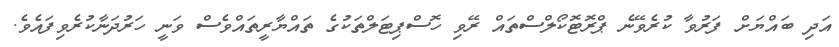
އަދި ބައްޔަށް ފަރުވާ ކުރެވޭނެ ޕްރޮޓޮކޯލްސްތައް ރޭވި ހޮސްޕިޓަލްތަކުގެ ތައްޔާރީތައްވެސް ވަނީ ހަރުދަނާކުރެވިފައެވެ.